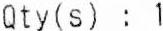
QTY(S) : 1